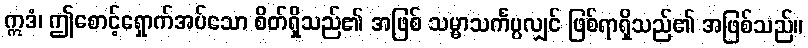
ဣဒံ၊ ဤစောင့်ရှောက်အပ်သော စိတ်ရှိသည်၏ အဖြစ် သမ္မာသင်္ကပ္ပလျှင် ဖြစ်ရာရှိသည်၏ အဖြစ်သည်။